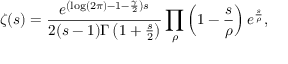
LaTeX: \zeta ( s ) = { \frac { e ^ { \left( \log ( 2 \pi ) - 1 - { \frac { \gamma } { 2 } } \right) s } } { 2 ( s - 1 ) \Gamma \left( 1 + { \frac { s } { 2 } } \right) } } \prod _ { \rho } \left( 1 - { \frac { s } { \rho } } \right) e ^ { \frac { s } { \rho } } ,